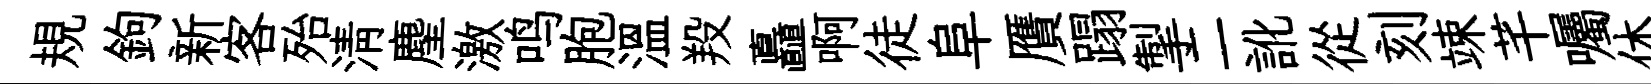
規鉤新客殆淸麈激鸣胞温羖矗啊徒阜贋蹋掣二訛從刻竦芊囑休